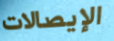
الإيصالات